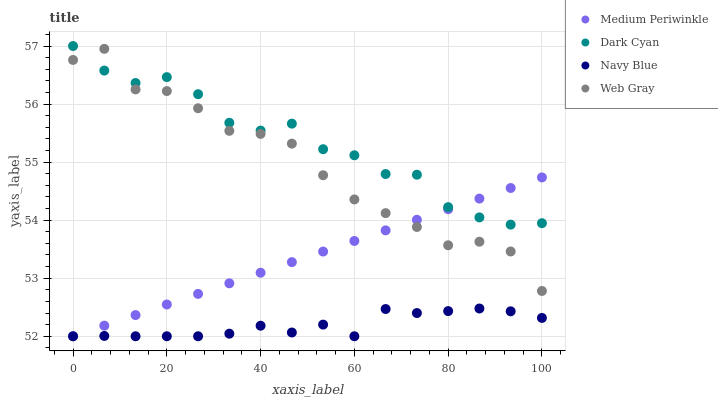
| xaxis_label | Medium Periwinkle | Dark Cyan | Navy Blue | Web Gray |
 | --- | --- | --- | --- | --- |
 | 0 | 52 | 57 | 52 | 56.8 |
 | 6.67 | 52.2 | 56.6 | 52 | 57 |
 | 13.3 | 52.4 | 56.4 | 52 | 56.3 |
 | 20 | 52.5 | 56.5 | 52 | 56.2 |
 | 26.7 | 52.7 | 56.2 | 52 | 55.9 |
 | 33.3 | 52.9 | 55.7 | 52 | 55.5 |
 | 40 | 53.1 | 55.5 | 52.2 | 55.5 |
 | 46.7 | 53.3 | 55.7 | 52.1 | 55.3 |
 | 53.3 | 53.5 | 55.2 | 52.2 | 54.8 |
 | 60 | 53.6 | 55.1 | 52 | 54.4 |
 | 66.7 | 53.8 | 54.8 | 52.5 | 54.1 |
 | 73.3 | 54 | 54.8 | 52.4 | 53.9 |
 | 80 | 54.2 | 54.2 | 52.4 | 53.6 |
 | 86.7 | 54.4 | 54 | 52.5 | 53.6 |
 | 93.3 | 54.6 | 53.9 | 52.4 | 53.5 |
 | 100 | 54.7 | 53.9 | 52.3 | 52.8 |